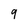
Character: q